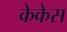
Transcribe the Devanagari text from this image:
केकेस